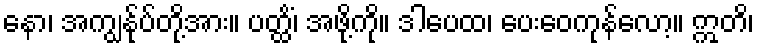
နော၊ အကျွန်ုပ်တို့အား။ ပတ္ထိံ၊ အဖို့ကို။ ဒါပေထ၊ ပေးဝေကုန်လော့။ ဣတိ၊